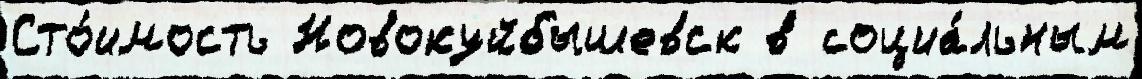
Сто́имость Новокуйбышевск в социа́льным